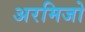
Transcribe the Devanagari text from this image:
अरमिजो